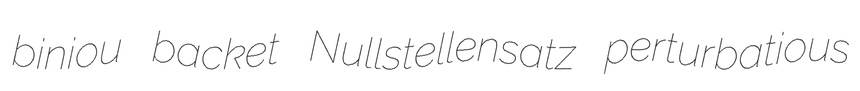
biniou backet Nullstellensatz perturbatious